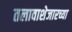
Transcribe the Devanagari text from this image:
तलावाशेजारच्या